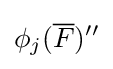
\phi _{j}({\overline {F}})''